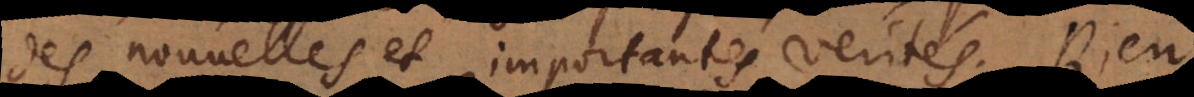
des nouvelles et importantes verités. Rien